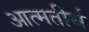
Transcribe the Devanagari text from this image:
आत्मतीर्थ